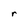
Character: r